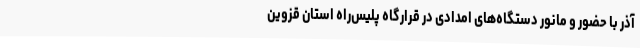
آذر با حضور و مانور دستگاه‌های امدادی در قرارگاه پلیس‌راه استان قزوین